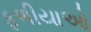
ફળીયાઓ